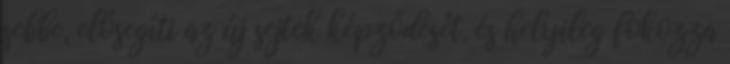
sebbe, elősegíti az új sejtek képződését, és helyileg fokozza